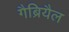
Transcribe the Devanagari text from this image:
गैब्रियैल